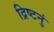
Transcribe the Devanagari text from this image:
द्रिष्टनुं